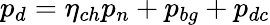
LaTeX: p_{d}=\eta_{ch}p_{n}+p_{bg}+p_{dc}